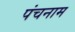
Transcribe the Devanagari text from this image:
पंचनाम